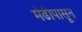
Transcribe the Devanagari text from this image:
मेंढीपासून